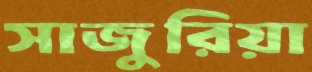
সাজুরিয়া